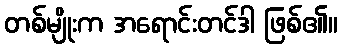
တစ်မျိုးက အရောင်းတင်ဒါ ဖြစ်၏။